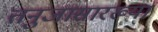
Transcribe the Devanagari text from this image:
तनुजासारख्या